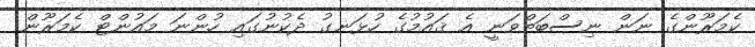
ކެމަރޫންގެ ނަން ނިސްބަތްވަނީ އެ ޤައުމުގެ ހުޅަނގު ދެކުނުގައި ހުންނަ މައުންޓް ކެމަރޫން